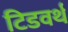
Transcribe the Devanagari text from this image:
टिडवर्थ